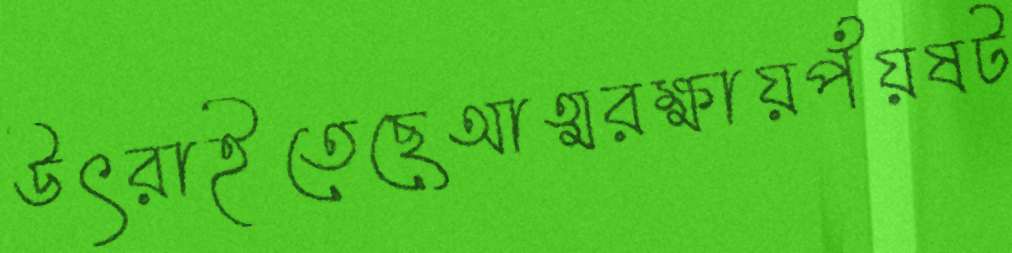
উৎরাইতেছেআত্মরক্ষায়পঁয়ষট